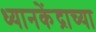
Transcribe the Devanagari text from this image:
ध्यानकेंद्राच्या